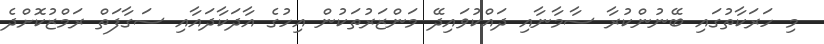
މި ހަރަކާތުގައި ބޭނުންކުރާ ސާމާނާއި ދައްކުވައިދޭ މަންޒަރުތަކުން އިހުގެ އާދަކާދައާއި ސަގާފަތް ރަމްޒުކޮށްދެ